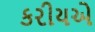
કરીયએ